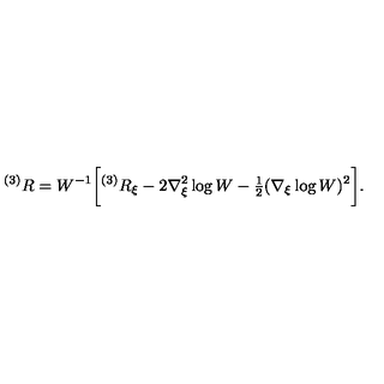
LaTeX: { } ^ { ( 3 ) } R = W ^ { - 1 } \biggl [ { } ^ { ( 3 ) } R _ { \xi } - 2 \nabla _ { \xi } ^ { 2 } \log W - { \textstyle \frac { 1 } { 2 } } ( \nabla _ { \xi } \log W ) ^ { 2 } \biggr ] .